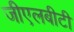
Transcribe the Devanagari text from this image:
जीएलबीटी